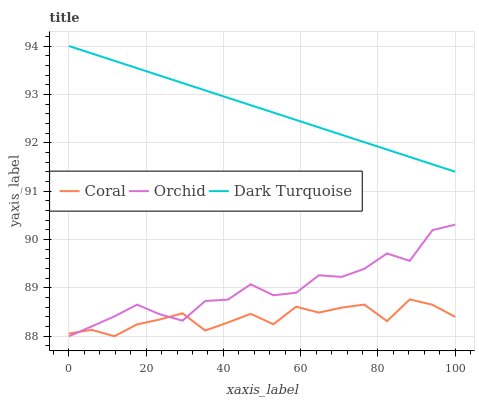
| xaxis_label | Coral | Orchid | Dark Turquoise |
 | --- | --- | --- | --- |
 | 0 | 88.1 | 88 | 94 |
 | 5.88 | 88.1 | 88.2 | 93.8 |
 | 11.8 | 88 | 88.4 | 93.7 |
 | 17.6 | 88.2 | 88.7 | 93.5 |
 | 23.5 | 88.3 | 88.5 | 93.4 |
 | 29.4 | 88.5 | 88.3 | 93.2 |
 | 35.3 | 88.1 | 88.7 | 93.1 |
 | 41.2 | 88.3 | 88.8 | 92.9 |
 | 47.1 | 88.5 | 89.1 | 92.8 |
 | 52.9 | 88.2 | 88.8 | 92.6 |
 | 58.8 | 88.6 | 88.9 | 92.5 |
 | 64.7 | 88.5 | 89.3 | 92.3 |
 | 70.6 | 88.6 | 89.2 | 92.2 |
 | 76.5 | 88.7 | 89.4 | 92 |
 | 82.4 | 88.3 | 89.7 | 91.9 |
 | 88.2 | 88.8 | 89.6 | 91.7 |
 | 94.1 | 88.7 | 90.2 | 91.6 |
 | 100 | 88.4 | 90.3 | 91.4 |